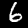
Label: 6